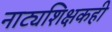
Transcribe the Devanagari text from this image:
नाट्यशिक्षकही